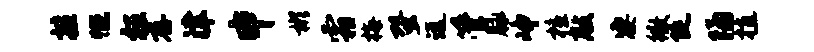
擅慨枉存津申彬霜梅蛩远管脉峥檀敲凄徽陡隔植